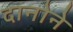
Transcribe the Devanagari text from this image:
दानोने